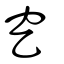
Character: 穵